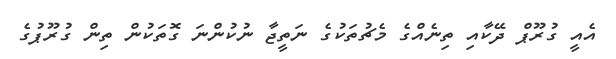
އެއީ ގުރޫޕް ދޭކާއި ތިނެއްގެ މެޗުތަކުގެ ނަތީޖާ ނުކުންނަ ގޮތަކުން ތިން ގުރޫޕުގެ